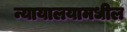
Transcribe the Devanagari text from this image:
न्यायालयामधील